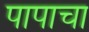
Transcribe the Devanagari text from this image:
पापाचा